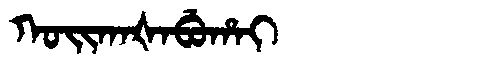
Manchu: ᡴᠣᡳᡴᠠᡧᠠᠪᡠᡥᠠᡳ
Romanization: KOIKAŠABUHAI